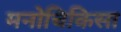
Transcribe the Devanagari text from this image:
मनोचिकिसा